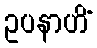
ဥပနာဟိံ